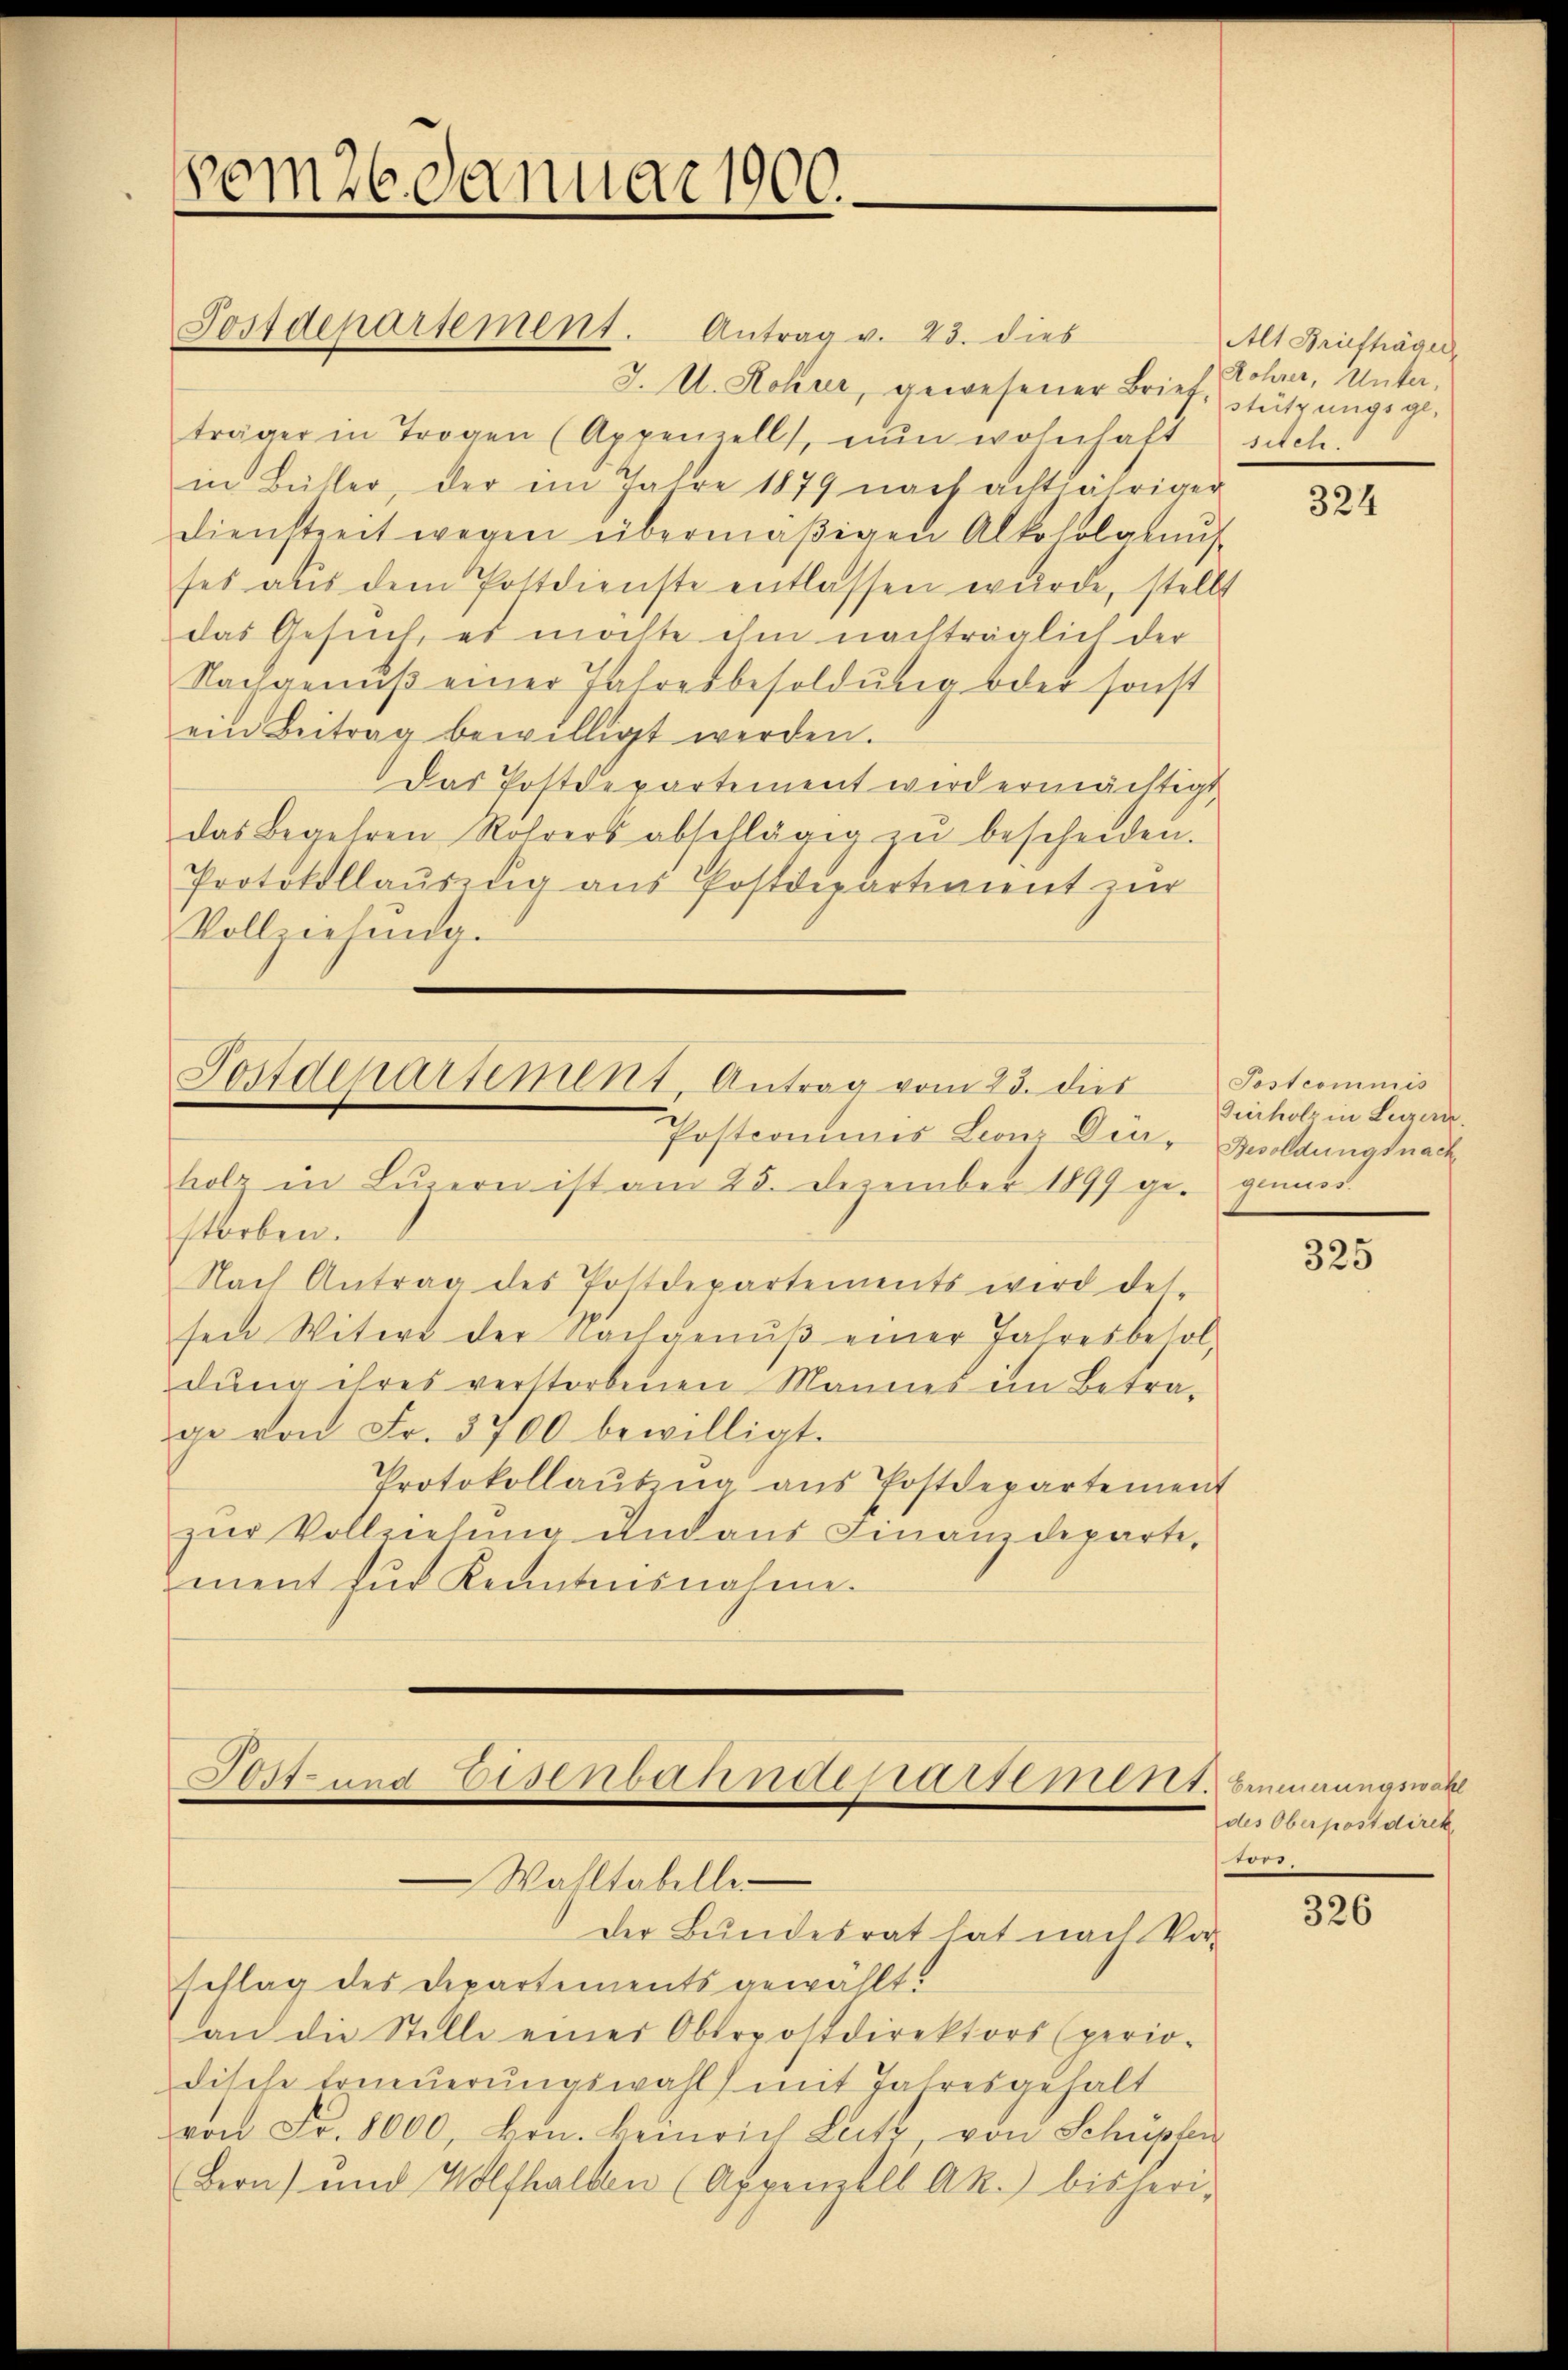
vom 26. Januar 1900.

J. U. Rohur, gewesener Brief, Stützungs geträger in Trogen (Appenzell, nŭn wohnhaft sich.
in Bütler, der im Jahre 1879 nach achtjähriger
dienstreit wegen übermäβigen Alkoholgkaŭf-
ses aus dem Postdienste entlassen würde, stellt
das Gesuch, es möchte ihm nachträglich der
Nachgenŭβ einer Jahresbesoldŭng oder sonst
ein Beitrag bewilligt werden.
Das Postdepartement wird ermächtigt
das Begehren Rohrers abschlägig zŭ bescheiden.
Protokollaŭszŭg aŭs Postdepartiment zŭr
Vollziehung.

Postdepartement. Antrag v. 23. dies

Postdepartement, Antrag vom 23. dies
Postcommis Leonz Der- Besoldungsnach
holz in Lŭzern ist am 25. Dezember 1899 ge- genuss.

Post- und Eisenbahndersemen unungsanl

Der Bundesrat hat nach Vor-

storben.
Nach Antrag des Postdepartements wird des-
sen Witwe der Nachgenuß einer Jahresbesoldung ihres verstorbenen Mannes im Betrage von Fr. 3700 bewilligt.
Protokollaŭbna ans Postdepartement
zŭr Vollziehŭng und aus Finanzdeparte,
ment für Kenntnisnahme.

Wahltabelle-
schlag des Departements gewählt.
an die Stelle einer Oberpostdirektors (perio-
dische Erneuerungswahl mit Jahresgehalt
von Fr. 8000, Hrn. Heinrich Leitz von Schüpfen
Bern) und Wolfhalben (Appenzell A.R.) bisheri-

Alt Briefträger
Rohrer, Unter,

324

Postcommis
Guerholz in Luzern.

325

des Oberpostdirek
tors.

326